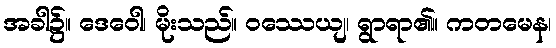
အခါ၌။ ဒေဝေါ၊ မိုးသည်။ ဝဿေယျ၊ ရွာရာ၏။ ကတမေန၊